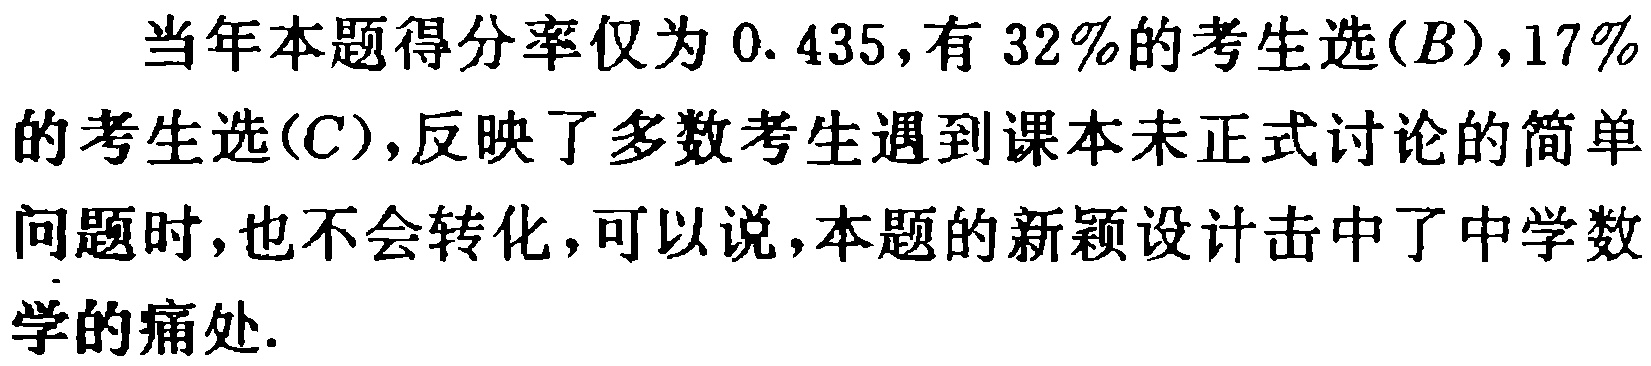
当年本题得分率仅为 \(0.435\)，有 \(32\%\)的考生选\((B)\)，\(17\%\)的考生选\((C)\)，反映了多数考生遇到课本未正式讨论的简单问题时，也不会转化，可以说，本题的新颖设计击中了中学数学的痛处.